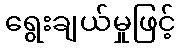
ရွေးချယ်မှုဖြင့်